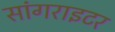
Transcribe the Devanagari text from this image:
सांगराइटर